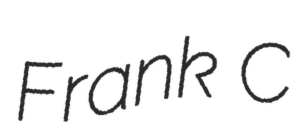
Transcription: Frank C